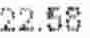
22.58